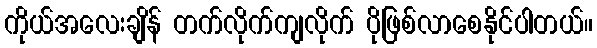
ကိုယ်အလေးချိန် တက်လိုက်ကျလိုက် ပိုဖြစ်လာစေနိုင်ပါတယ်။